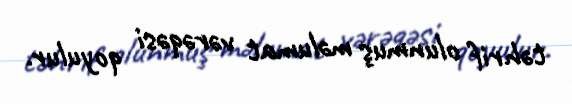
təhrif olunmuş məlumat vərəqəsi qoyulur.